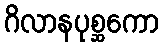
ဂိလာနပုစ္ဆကော